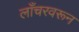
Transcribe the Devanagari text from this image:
लाँचरवरून